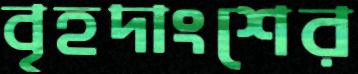
বৃহদাংশের